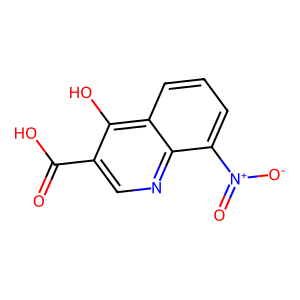
SMILES: O=C(O)c1cnc2c([N+](=O)[O-])cccc2c1O
Inhibits HIV replication: No